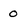
Character: 0